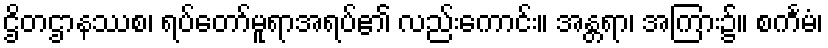
ဌိတဌာနဿစ၊ ရပ်တော်မူရာအရပ်၏ လည်းကောင်း။ အန္တရာ၊ အကြား၌။ စင်္ကမံ၊